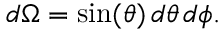
d \Omega = \sin ( \theta ) \, d \theta \, d \phi .